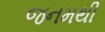
જનમથી